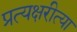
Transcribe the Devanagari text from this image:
प्रत्यक्षरीत्या